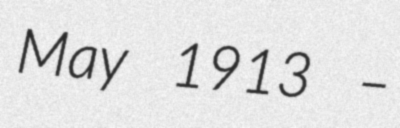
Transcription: May 1913 –